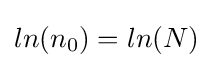
ln(n_{0})=ln(N)